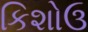
કિશોઉ